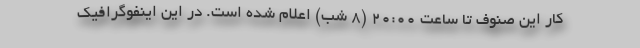
کار این صنوف تا ساعت ٢٠:٠٠ (۸ شب) اعلام شده است. در این اینفوگرافیک